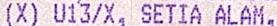
(X) U13/X, SETIA ALAM,